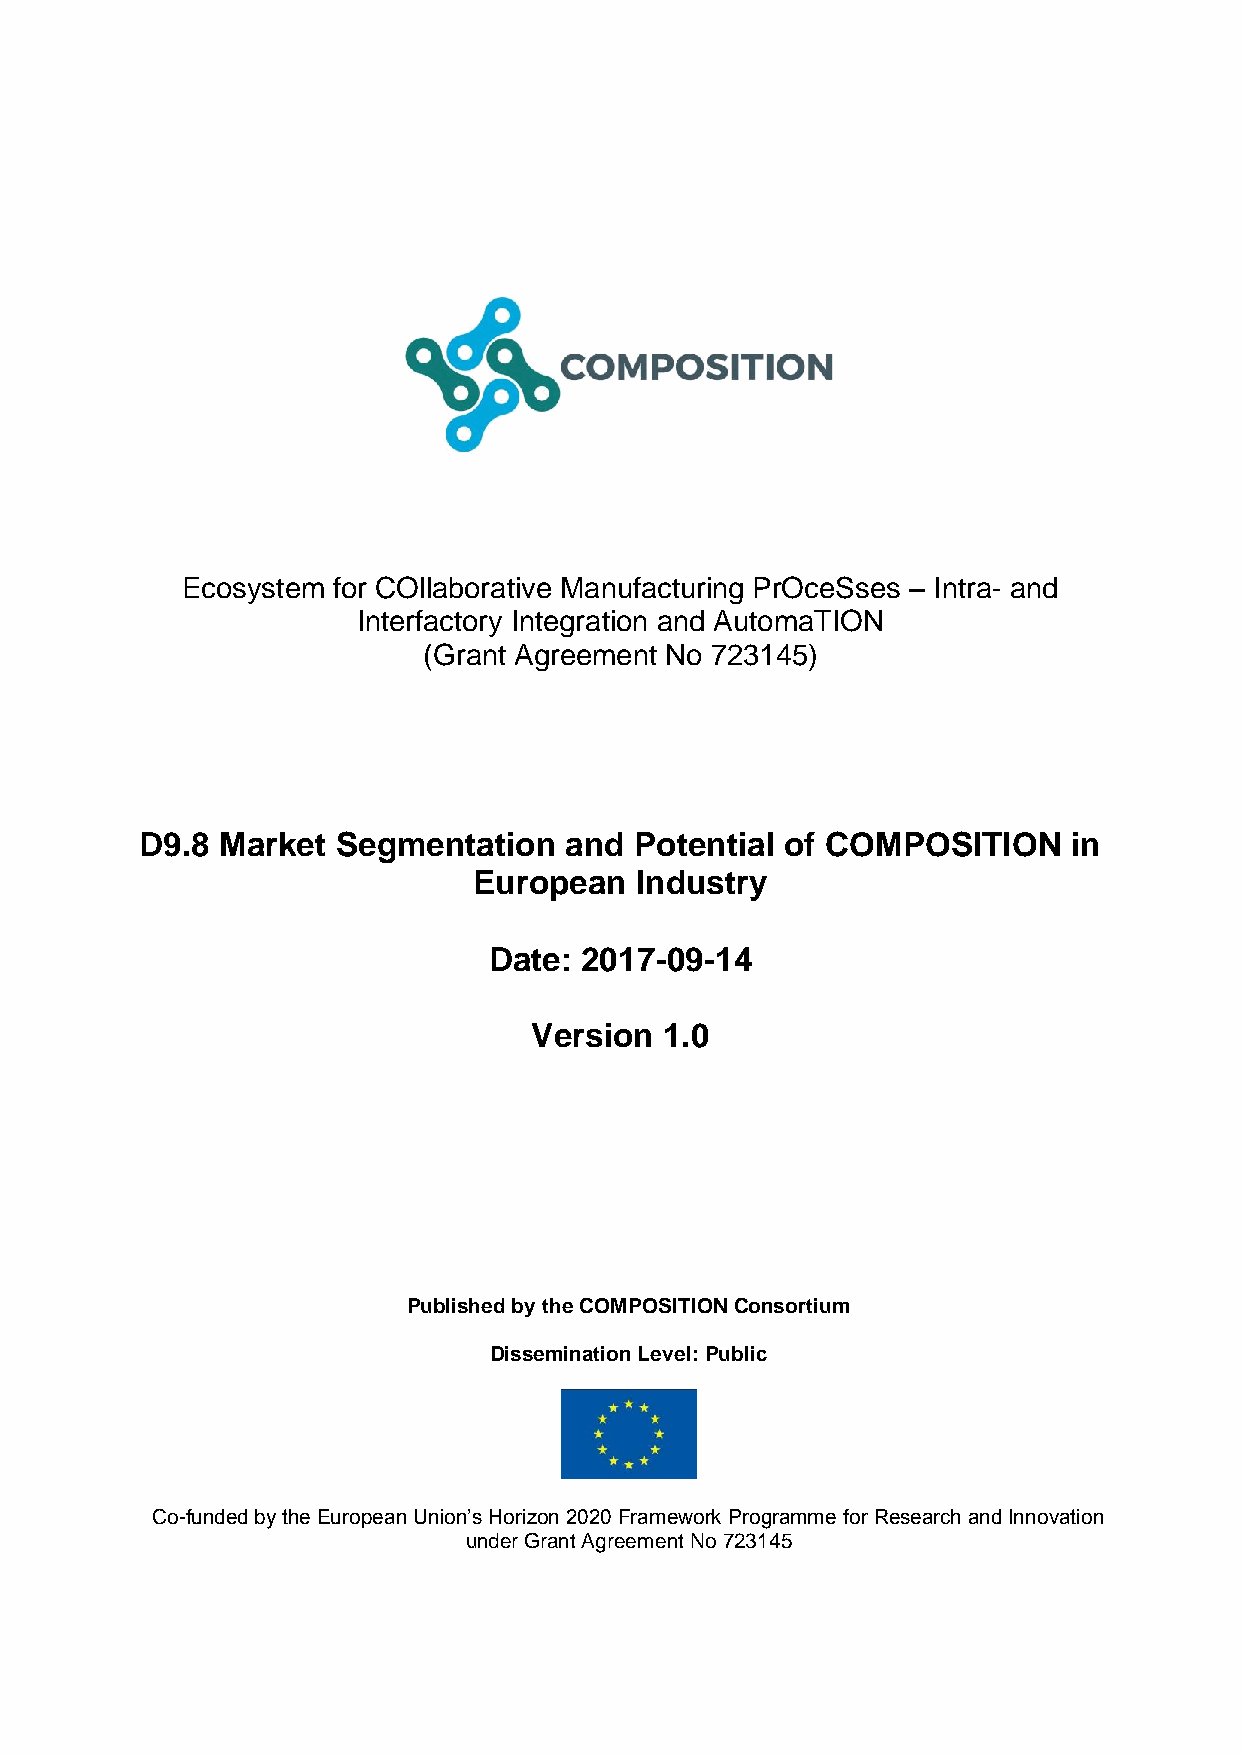
Ecosystem for COllaborative Manufacturing PrOceSses – Intra- and
 Interfactory Integration and AutomaTION
 (Grant Agreement No 723145)
 D9.8 Market  Segmentation   and  Potential of COMPOSITION     in
 European   Industry
 Date: 2017-09-14
 Version  1.0
 Published by the COMPOSITION Consortium
 Dissemination Level: Public
 Co-funded by the European Union’s Horizon 2020 Framework Programme for Research and Innovation
 under Grant Agreement No 723145